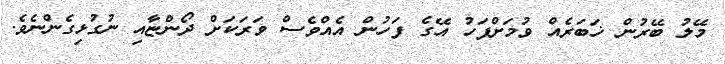
މޭލު ބޭރުން ޚަބަރެއް ވުމަށްފަހު އޭގެ ފަހުން އެއްވެސް ވަރަކަށް ދޯންޏާއި ނުގުޅިގެންނެވެ.